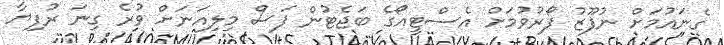
ގެނައުމަށް ނުފޫޒު ފޯރުވުމަށް އެސްޓީއޯގެ ބަޖެޓުން ފަސް މިލިއަނަށް ވުރެ ގިނަ ރުފިޔާ